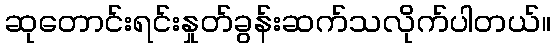
ဆုတောင်းရင်းနှုတ်ခွန်းဆက်သလိုက်ပါတယ်။